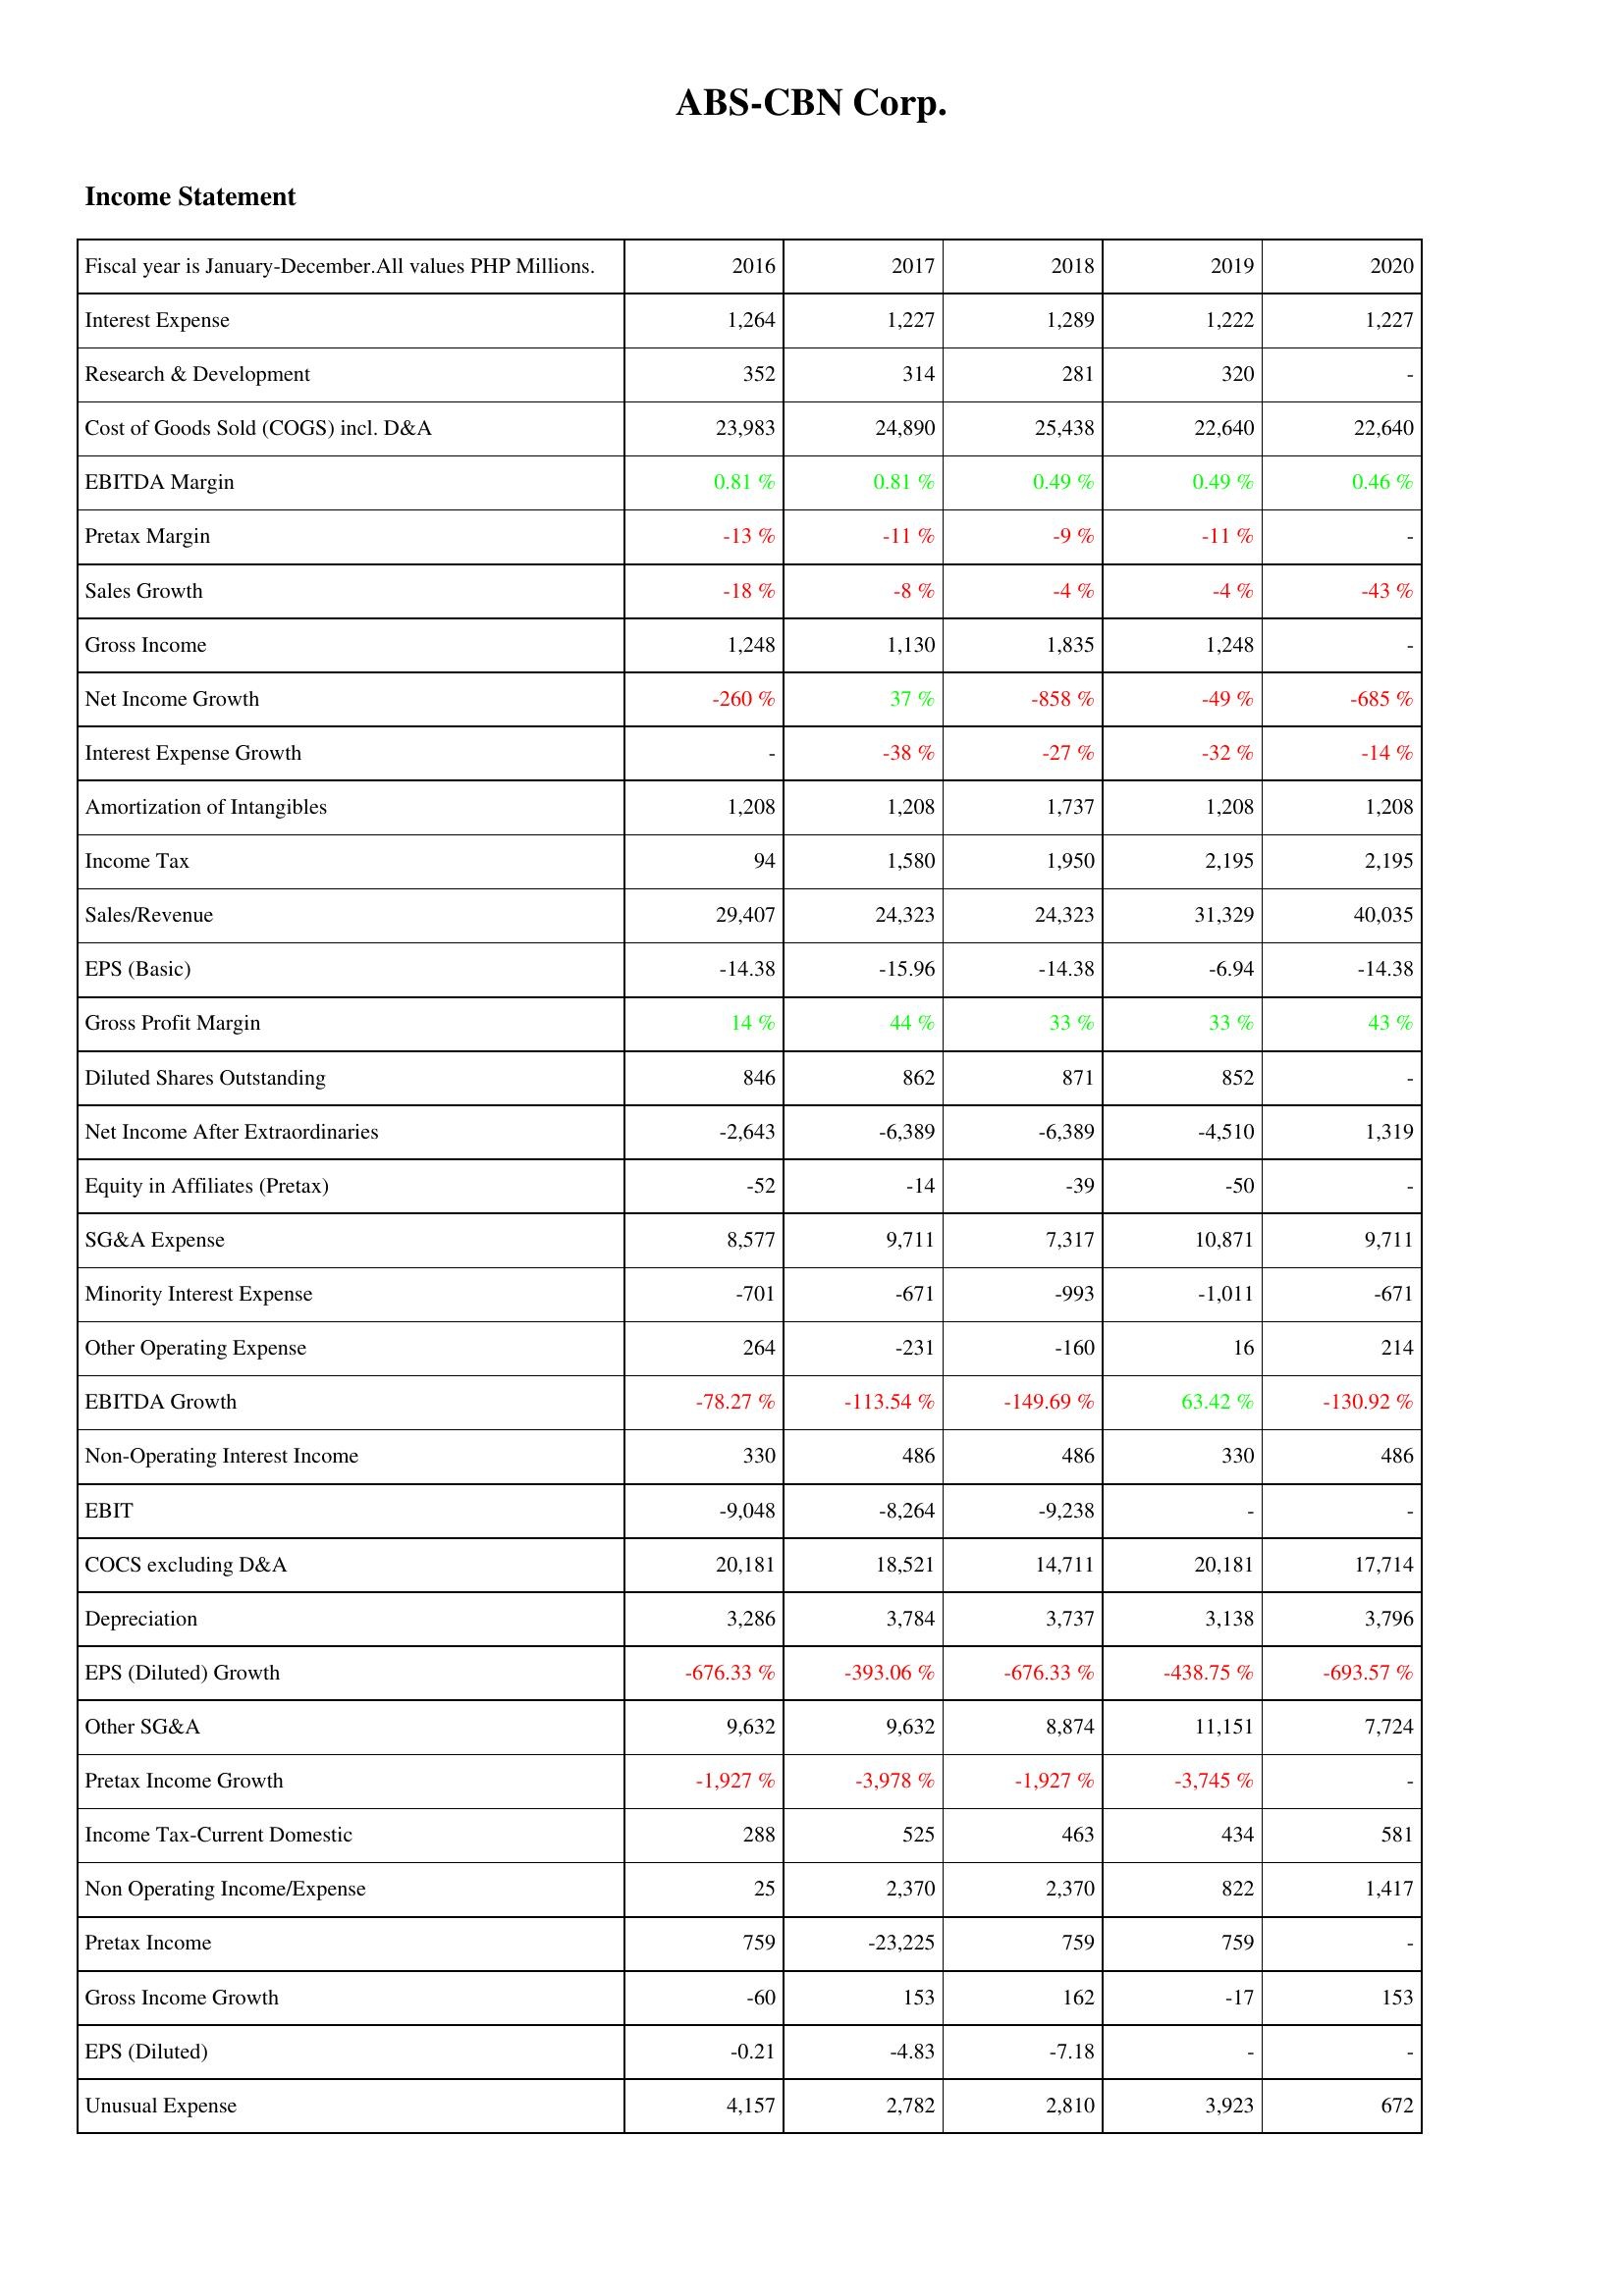
2016: Income Statement: Interest Expense: 1,264
Research & Development: 352
Cost of Goods Sold (COGS) incl. D&A: 23,983
EBITDA Margin: 0.81 %
Pretax Margin: -13 %
Sales Growth: -18 %
Gross Income: 1,248
Net Income Growth: -260 %
Interest Expense Growth: -
Amortization of Intangibles: 1,208
Income Tax: 94
Sales/Revenue: 29,407
EPS (Basic): -14.38
Gross Profit Margin: 14 %
Diluted Shares Outstanding: 846
Net Income After Extraordinaries: -2,643
Equity in Affiliates (Pretax): -52
SG&A Expense: 8,577
Minority Interest Expense: -701
Other Operating Expense: 264
EBITDA Growth: -78.27 %
Non-Operating Interest Income: 330
EBIT: -9,048
COCS excluding D&A: 20,181
Depreciation: 3,286
EPS (Diluted) Growth: -676.33 %
Other SG&A: 9,632
Pretax Income Growth: -1,927 %
Income Tax-Current Domestic: 288
Non Operating Income/Expense: 25
Pretax Income: 759
Gross Income Growth: -60
EPS (Diluted): -0.21
Unusual Expense: 4,157
2017: Income Statement: Interest Expense: 1,227
Research & Development: 314
Cost of Goods Sold (COGS) incl. D&A: 24,890
EBITDA Margin: 0.81 %
Pretax Margin: -11 %
Sales Growth: -8 %
Gross Income: 1,130
Net Income Growth: 37 %
Interest Expense Growth: -38 %
Amortization of Intangibles: 1,208
Income Tax: 1,580
Sales/Revenue: 24,323
EPS (Basic): -15.96
Gross Profit Margin: 44 %
Diluted Shares Outstanding: 862
Net Income After Extraordinaries: -6,389
Equity in Affiliates (Pretax): -14
SG&A Expense: 9,711
Minority Interest Expense: -671
Other Operating Expense: -231
EBITDA Growth: -113.54 %
Non-Operating Interest Income: 486
EBIT: -8,264
COCS excluding D&A: 18,521
Depreciation: 3,784
EPS (Diluted) Growth: -393.06 %
Other SG&A: 9,632
Pretax Income Growth: -3,978 %
Income Tax-Current Domestic: 525
Non Operating Income/Expense: 2,370
Pretax Income: -23,225
Gross Income Growth: 153
EPS (Diluted): -4.83
Unusual Expense: 2,782
2018: Income Statement: Interest Expense: 1,289
Research & Development: 281
Cost of Goods Sold (COGS) incl. D&A: 25,438
EBITDA Margin: 0.49 %
Pretax Margin: -9 %
Sales Growth: -4 %
Gross Income: 1,835
Net Income Growth: -858 %
Interest Expense Growth: -27 %
Amortization of Intangibles: 1,737
Income Tax: 1,950
Sales/Revenue: 24,323
EPS (Basic): -14.38
Gross Profit Margin: 33 %
Diluted Shares Outstanding: 871
Net Income After Extraordinaries: -6,389
Equity in Affiliates (Pretax): -39
SG&A Expense: 7,317
Minority Interest Expense: -993
Other Operating Expense: -160
EBITDA Growth: -149.69 %
Non-Operating Interest Income: 486
EBIT: -9,238
COCS excluding D&A: 14,711
Depreciation: 3,737
EPS (Diluted) Growth: -676.33 %
Other SG&A: 8,874
Pretax Income Growth: -1,927 %
Income Tax-Current Domestic: 463
Non Operating Income/Expense: 2,370
Pretax Income: 759
Gross Income Growth: 162
EPS (Diluted): -7.18
Unusual Expense: 2,810
2019: Income Statement: Interest Expense: 1,222
Research & Development: 320
Cost of Goods Sold (COGS) incl. D&A: 22,640
EBITDA Margin: 0.49 %
Pretax Margin: -11 %
Sales Growth: -4 %
Gross Income: 1,248
Net Income Growth: -49 %
Interest Expense Growth: -32 %
Amortization of Intangibles: 1,208
Income Tax: 2,195
Sales/Revenue: 31,329
EPS (Basic): -6.94
Gross Profit Margin: 33 %
Diluted Shares Outstanding: 852
Net Income After Extraordinaries: -4,510
Equity in Affiliates (Pretax): -50
SG&A Expense: 10,871
Minority Interest Expense: -1,011
Other Operating Expense: 16
EBITDA Growth: 63.42 %
Non-Operating Interest Income: 330
EBIT: -
COCS excluding D&A: 20,181
Depreciation: 3,138
EPS (Diluted) Growth: -438.75 %
Other SG&A: 11,151
Pretax Income Growth: -3,745 %
Income Tax-Current Domestic: 434
Non Operating Income/Expense: 822
Pretax Income: 759
Gross Income Growth: -17
EPS (Diluted): -
Unusual Expense: 3,923
2020: Income Statement: Interest Expense: 1,227
Research & Development: -
Cost of Goods Sold (COGS) incl. D&A: 22,640
EBITDA Margin: 0.46 %
Pretax Margin: -
Sales Growth: -43 %
Gross Income: -
Net Income Growth: -685 %
Interest Expense Growth: -14 %
Amortization of Intangibles: 1,208
Income Tax: 2,195
Sales/Revenue: 40,035
EPS (Basic): -14.38
Gross Profit Margin: 43 %
Diluted Shares Outstanding: -
Net Income After Extraordinaries: 1,319
Equity in Affiliates (Pretax): -
SG&A Expense: 9,711
Minority Interest Expense: -671
Other Operating Expense: 214
EBITDA Growth: -130.92 %
Non-Operating Interest Income: 486
EBIT: -
COCS excluding D&A: 17,714
Depreciation: 3,796
EPS (Diluted) Growth: -693.57 %
Other SG&A: 7,724
Pretax Income Growth: -
Income Tax-Current Domestic: 581
Non Operating Income/Expense: 1,417
Pretax Income: -
Gross Income Growth: 153
EPS (Diluted): -
Unusual Expense: 672